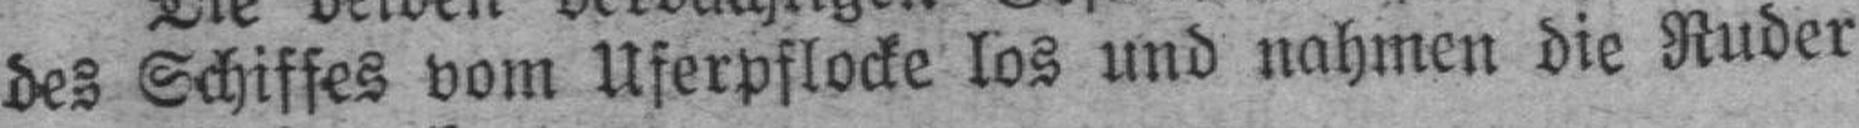
des Schiffes vom Uferpflocke los und nahmen die Ruder